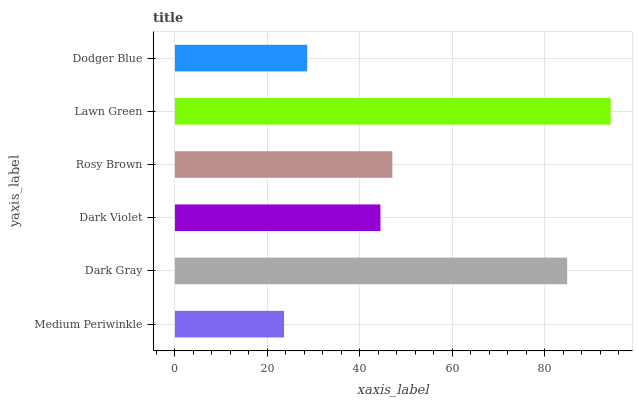
| yaxis_label | bars |
 | --- | --- |
 | Medium Periwinkle | 23.6 |
 | Dark Gray | 84.9 |
 | Dark Violet | 44.5 |
 | Rosy Brown | 47 |
 | Lawn Green | 94.3 |
 | Dodger Blue | 28.6 |